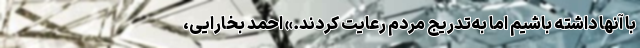
با آنها داشته باشیم اما به‌تدریج مردم رعایت کردند.» احمد بخارایی،